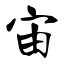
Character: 宙